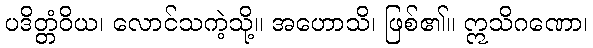
ပဒိတ္တံဝိယ၊ လောင်သကဲ့သို့။ အဟောသိ၊ ဖြစ်၏။ ဣသိဂဏော၊